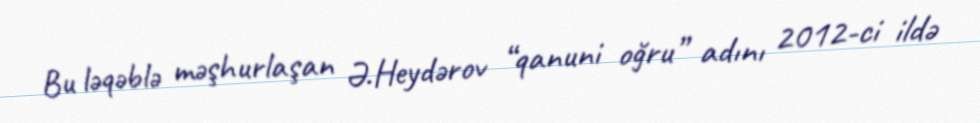
Bu ləqəblə məşhurlaşan Ə.Heydərov “qanuni oğru” adını 2012-ci ildə